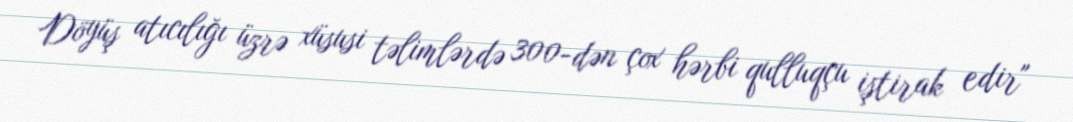
Döyüş atıcılığı üzrə xüsusi təlimlərdə 300-dən çox hərbi qulluqçu iştirak edir"